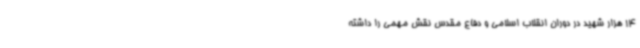
14 هزار شهید در دوران انقلاب اسلامی و دفاع مقدس نقش مهمی را داشته